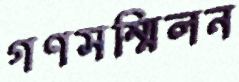
গণসম্মিলন